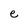
Character: e